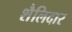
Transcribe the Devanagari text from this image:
शैलिदार